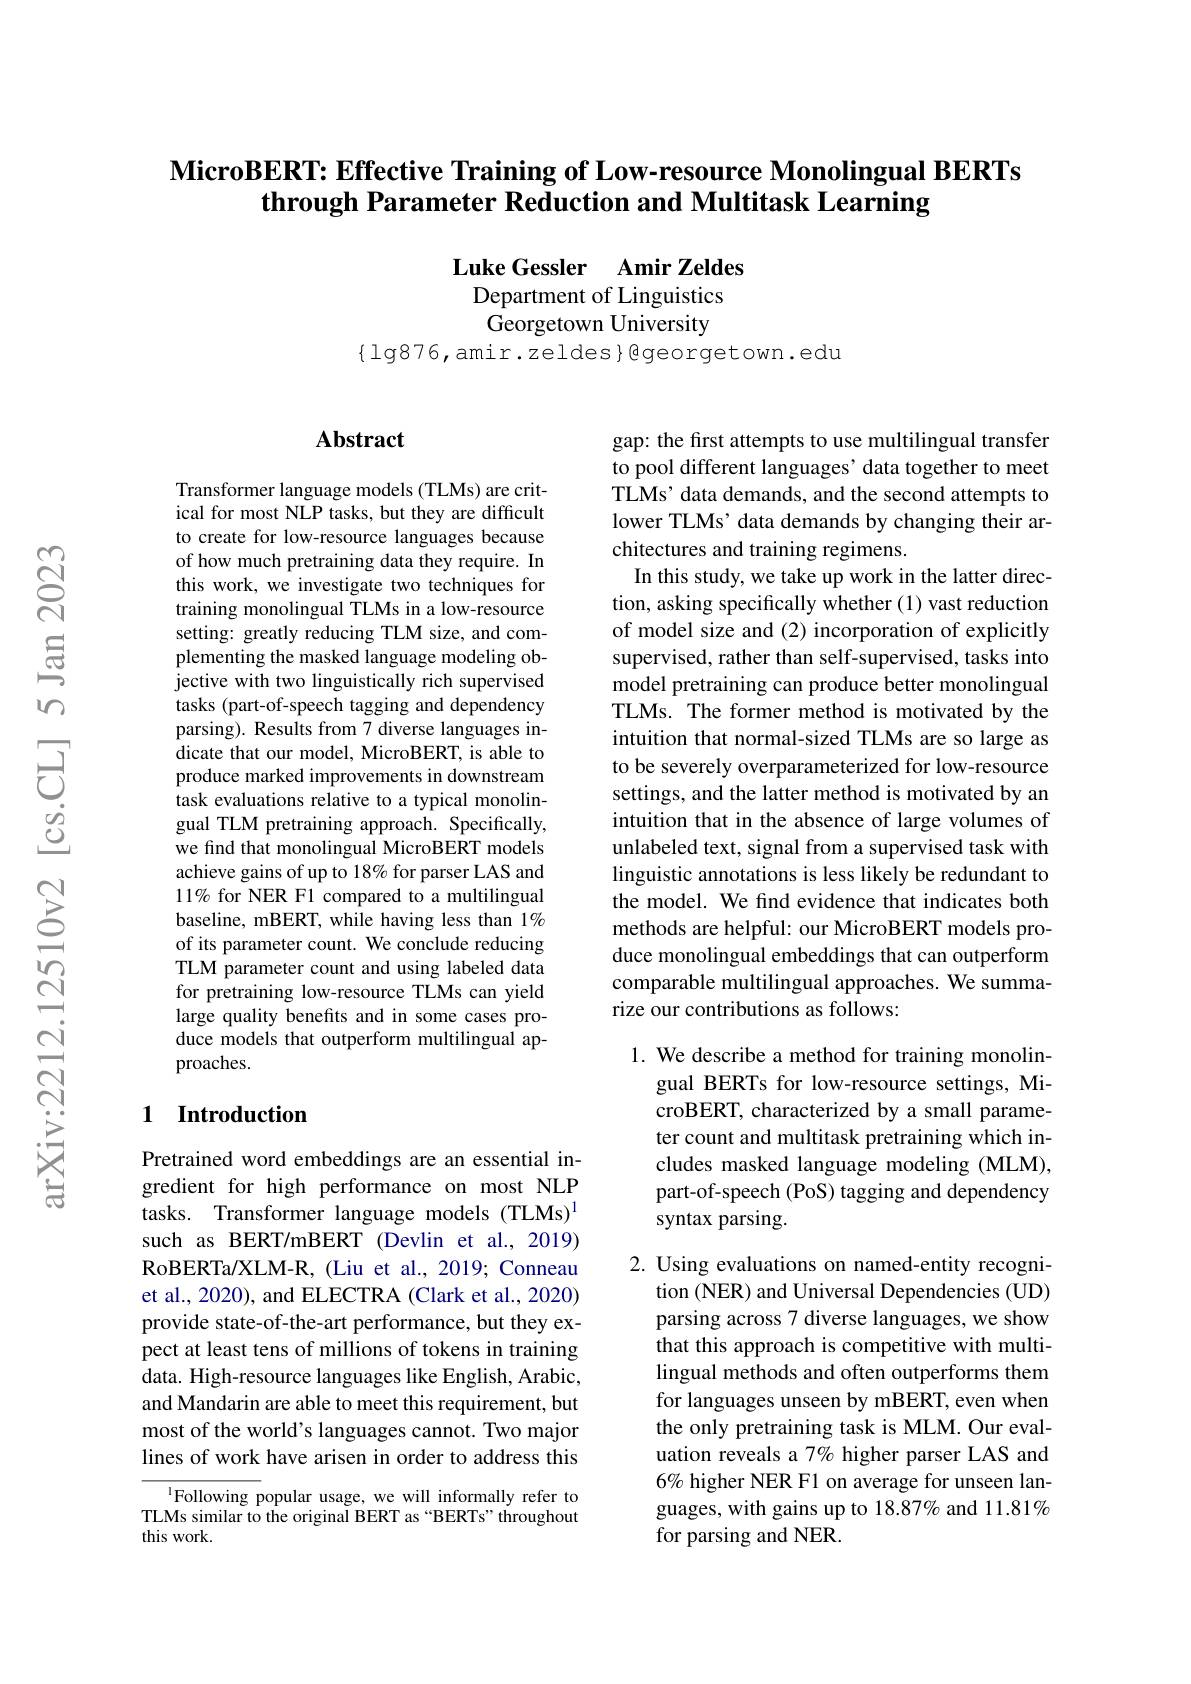
# $\textbf{MicroBERT: Effective Training of Low- resource Monolingual BERTs}$ through Parameter Reduction and Multitask Learning

Luke Gessler Amir Zeldes
Department of Linguistics Georgetown University

$\{$lg876,amir.zeldes}Qgeorgetown.edu

## $\mathbf{Abstract}$

Transformer language models (TLMs) are critical for most NLP tasks, but they are difficult to create for low-resource languages because of how much pretraining data they require. In this work, we investigate two techniques for training monolingual TLMs in a low-resource setting: greatly reducing TLM size, and complementing the masked language modeling objective with two linguistically rich supervised tasks (part-of-speech tagging and dependency parsing). Results from 7 diverse languages indicate that our model, MicroBERT, is able to produce marked improvements in downstream task evaluations relative to a typical monolingual TLM pretraining approach. Specifically, we find that monolingual MicroBERT models achieve gains of up to 18% for parser LAS and 11% for NER F1 compared to a multilingual baseline, mBERT, while having less than 1% of its parameter count. We conclude reducing TLM parameter count and using labeled data for pretraining low-resource TLMs can yield large quality benefits and in some cases produce models that outperform multilingual approaches.

## 1 Introduction

Pretrained word embeddings are an essential ingredient for high performance on most NLP tasks. Transformer language models (TLMs)$^{1}$ such as BERT/mBERT (Devlin et al., 2019) RoBERTa/XLM-R, (Liu et al., 2019; Conneau et al., 2020), and ELECTRA (Clark et al., 2020) provide state-of-the-art performance, but they expect at least tens of millions of tokens in training data. High-resource languages like English, Arabic, and Mandarin are able to meet this requirement, but most of the world's languages cannot. Two major lines of work have arisen in order to address this

$^{1}$Following popular usage, we will informally refer to TLMs similar to the original BERT as “BERTs” throughout this work.

gap: the first attempts to use multilingual transfer to pool different languages’ data together to meet TLMs' data demands, and the second attempts to lower TLMs’ data demands by changing their architectures and training regimens.
In this study, we take up work in the latter direction, asking specifically whether (1) vast reduction of model size and (2) incorporation of explicitly supervised, rather than self-supervised, tasks into model pretraining can produce better monolingual TLMs. The former method is motivated by the intuition that normal-sized TLMs are so large as to be severely overparameterized for low-resource settings, and the latter method is motivated by an intuition that in the absence of large volumes of unlabeled text, signal from a supervised task with linguistic annotations is less likely be redundant to the model. We find evidence that indicates both methods are helpful: our MicroBERT models produce monolingual embeddings that can outperform comparable multilingual approaches. We summarize our contributions as follows:

1. We describe a method for training monolin-
gual BERTs for low-resource settings, MicroBERT, characterized by a small parameter count and multitask pretraining which includes masked language modeling (MLM), part-of-speech (PoS) tagging and dependency syntax parsing.

2. Using evaluations on named-entity recogni-
tion (NER) and Universal Dependencies (UD) parsing across 7 diverse languages, we show that this approach is competitive with multilingual methods and often outperforms them for languages unseen by mBERT, even when the only pretraining task is MLM. Our evaluation reveals a 7% higher parser LAS and 6% higher NER F1 on average for unseen languages, with gains up to 18.87% and 11.81% for parsing and NER.